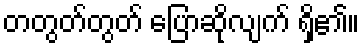
တတွတ်တွတ် ပြောဆိုလျက် ရှိ၏။